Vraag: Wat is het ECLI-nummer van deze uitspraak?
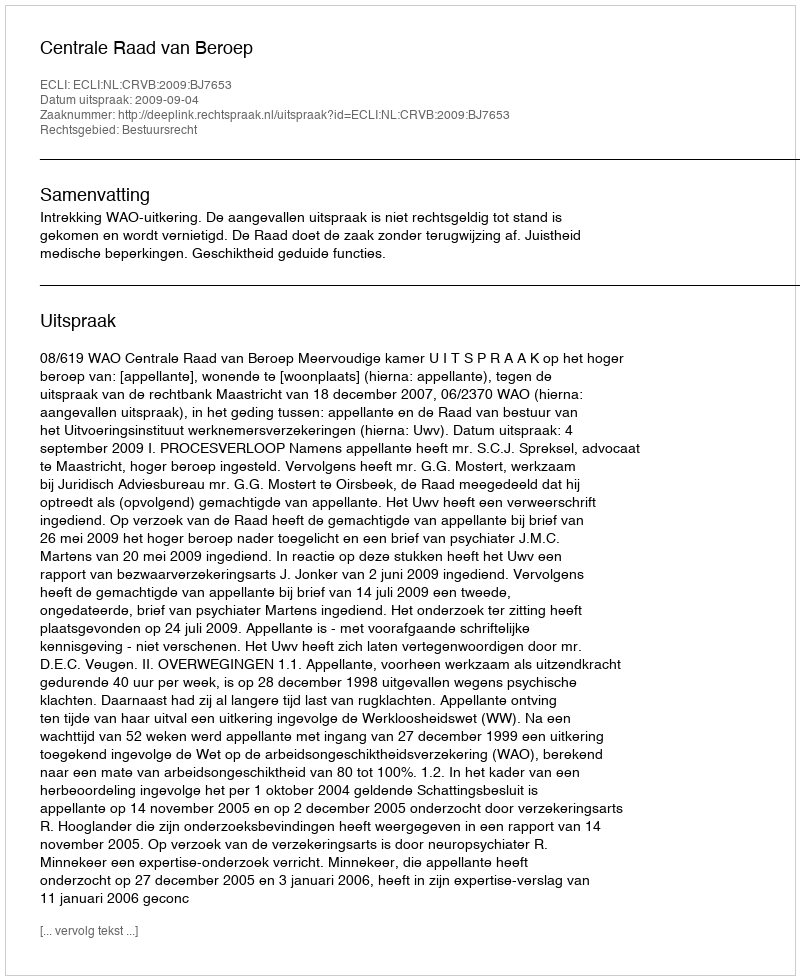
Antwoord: ECLI:NL:CRVB:2009:BJ7653